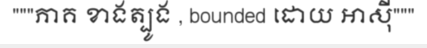
"""ភាគ ខាងត្បូង , bounded ដោយ អាស៊ី"""